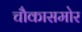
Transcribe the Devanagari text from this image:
चौकासमोर